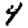
Digit: 4